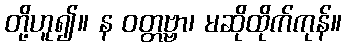
တို့ဟူ၍။ န ဝတ္တဗ္ဗာ၊ မဆိုထိုက်ကုန်။